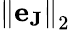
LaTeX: {\| \mathbf{e}_{\mathbf{J}}\| }_{2}